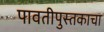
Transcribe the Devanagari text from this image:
पावतीपुस्तकाचा